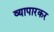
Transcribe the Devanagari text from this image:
व्यापारकर